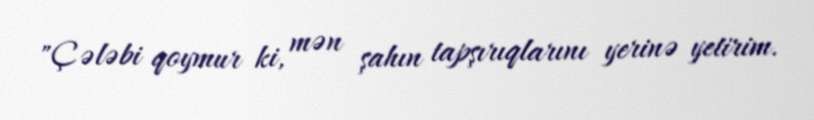
"Çələbi qoymur ki, mən şahın tapşırıqlarını yerinə yetirim.